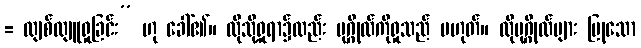
= လျစ်လျူရှုခြင်း” ဟု ခေါ်၏။ ထိုသို့ရှုရာ၌လည်း ပုဂ္ဂိုလ်ကိုရှုသည် မဟုတ်။ ထိုပုဂ္ဂိုလ်များ ပြုသော